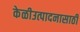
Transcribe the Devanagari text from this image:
केळीउत्पादनासाठी